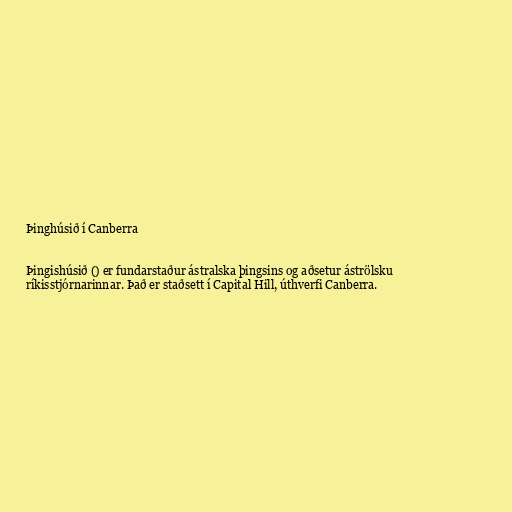
Þinghúsið í Canberra

Þingishúsið () er fundarstaður ástralska þingsins og aðsetur áströlsku
ríkisstjórnarinnar. Það er staðsett í Capital Hill, úthverfi Canberra.